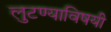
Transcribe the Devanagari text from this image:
लुटण्याविषयी